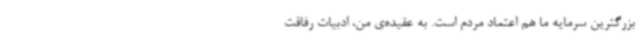
بزرگترین سرمایه ما هم اعتماد مردم است. به عقیده‌ی من، ادبیات رفاقت